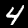
Label: 4